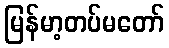
မြန်မာ့တပ်မတော်